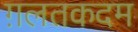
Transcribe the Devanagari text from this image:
ग़लतकदम